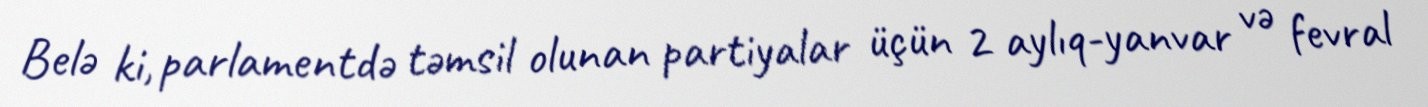
Belə ki, parlamentdə təmsil olunan partiyalar üçün 2 aylıq-yanvar və fevral